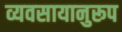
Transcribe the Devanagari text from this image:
व्यवसायानुरूप